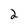
Character: 2